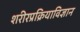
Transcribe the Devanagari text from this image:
शरीरप्रक्रियाविज्ञान